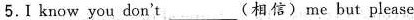
5.Ⅰ know you don't___（相信）me but please